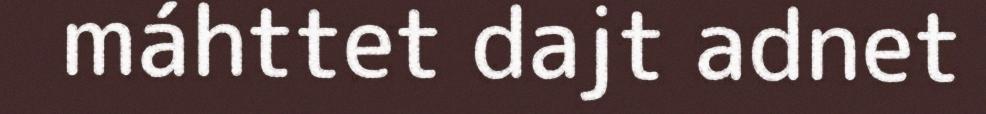
máhttet dajt adnet